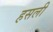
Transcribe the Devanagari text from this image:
हसली